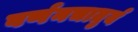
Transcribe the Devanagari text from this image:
वर्णनचातुर्य